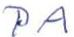
PA